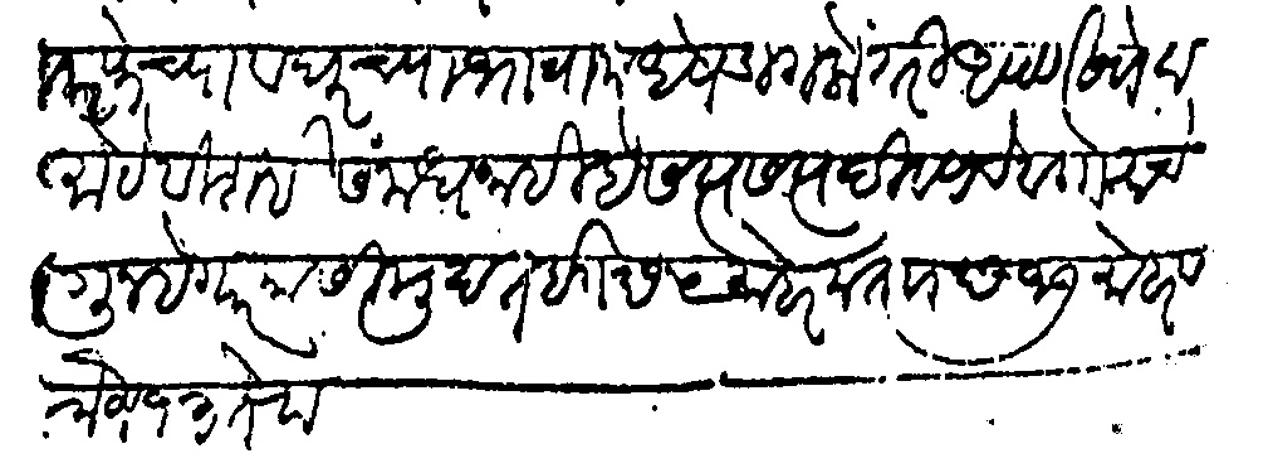
Transliteration (Devanagari): तरफेचा व घरच्या भावामध्ये डागलो तरी आपण खोटामोटे विशई संमध नाही हे सत्य सत्य दिवाणाचे व गोताचे गुन्हेगार यासी मुदत ई छ५ मोहरम ताा छ१७ मोहरम रोज १३ तेरा